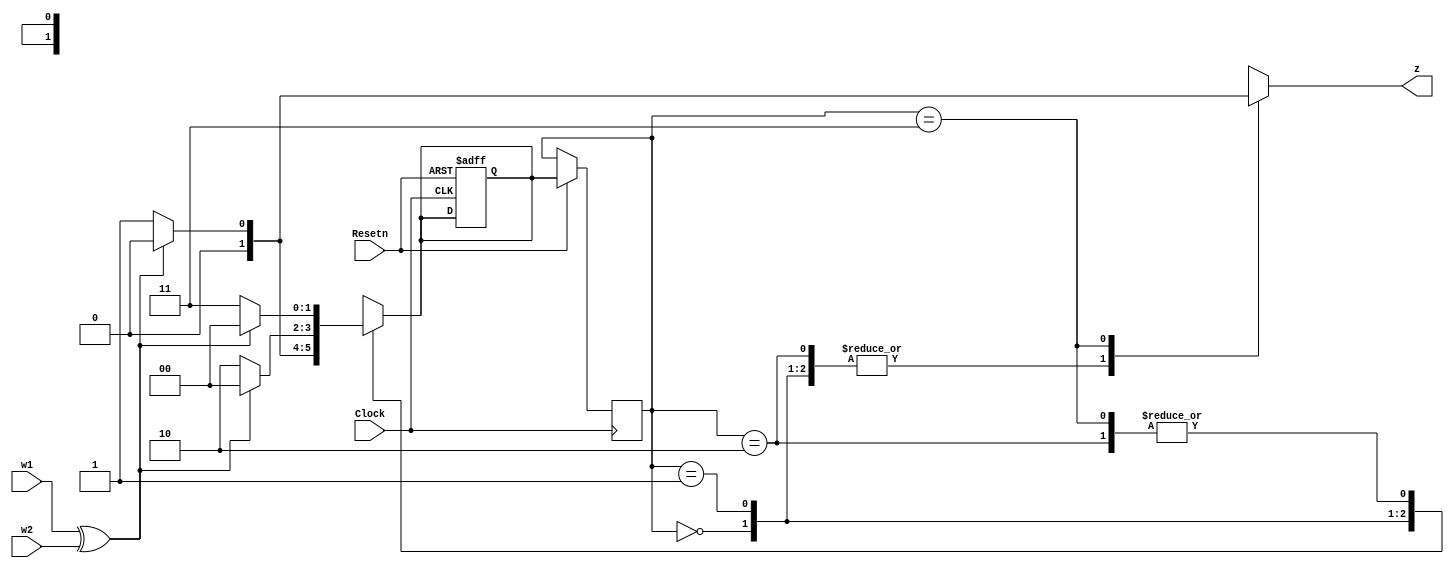
module ex3 (Clock, Resetn, w1, w2, z);

	input Clock, Resetn, w1, w2;
	output reg z;
	reg [2:1]p_state, n_state;
	wire K;
	localparam [2:1] A = 2'b00, B = 2'b01, C = 2'b10, D = 2'b11;

	assign K = w1^w2;
	always @(K or p_state) begin
		n_state = A;
		case (p_state)
			A: if (!K) 
			n_state = B; 

			else 
			n_state = A; 

			B: if (!K) 
			n_state = C; 
			

			else
			n_state = A; 
			

			C: if (!K) 
			n_state = D; 
			

			else 
			n_state = A; 
			

			D: if (!K)
			n_state = D; 
			

			else 
			n_state = A; 
			

		endcase
		end

	always @(negedge Resetn or posedge Clock) begin
		if (!Resetn) n_state <= A;
		else p_state <= n_state;
		end

	always @(K, p_state) begin
 		z = 0; 
 		case (p_state)
 			A: z = 0;
			B: z = 0;
			C: z = 0;
			D: if(!K)
 				z = 1;
 			else 
 				z = 0;
 		endcase
 	end
endmodule